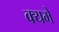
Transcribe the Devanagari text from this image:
क्यमे